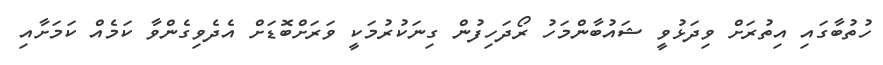
ހުތުބާގައި އިތުރަށް ވިދަޅުވީ ޝައުބާންމަހު ރޯދަހިފުން ގިނަކުރުމަކީ ވަރަށްބޮޑަށް އެދެވިގެންވާ ކަމެއް ކަމަށާއި